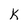
Character: K